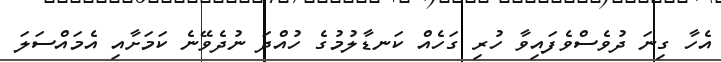
އެހާ ގިނަ ދުވެސްވެފައިވާ ހުރި ގަހެއް ކަނޑާލުމުގެ ހުއްދަ ނުދެވޭނެ ކަމަށާއި އެމައްސަލަ